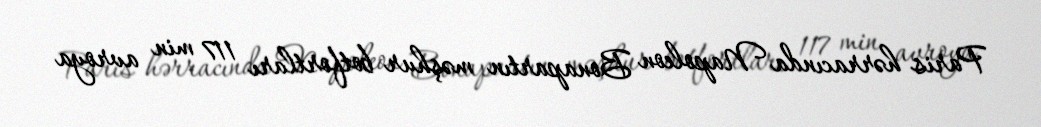
Paris hərracında Napoleon Bonapartın məşhur botfortları 117 min avroya